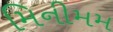
મિનીમમ